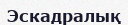
Эскадралық